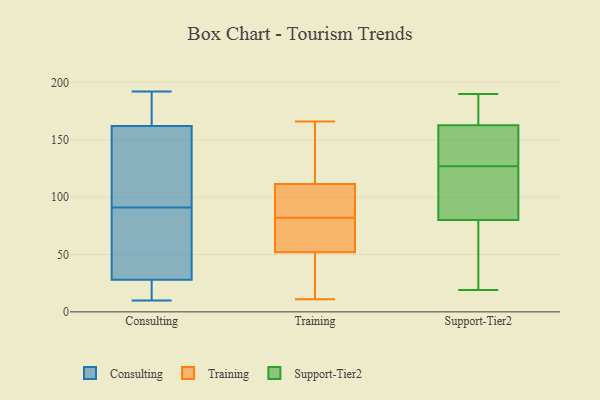
{"axis": {"x": "Tickets Resolved", "y": "Value"}, "legend": ["Consulting", "Support-Tier2", "Training"], "data": [{"x": "", "y": 92, "type": "Consulting"}, {"x": "", "y": 13, "type": "Consulting"}, {"x": "", "y": 90, "type": "Consulting"}, {"x": "", "y": 46, "type": "Consulting"}, {"x": "", "y": 47, "type": "Consulting"}, {"x": "", "y": 139, "type": "Consulting"}, {"x": "", "y": 162, "type": "Consulting"}, {"x": "", "y": 177, "type": "Consulting"}, {"x": "", "y": 93, "type": "Consulting"}, {"x": "", "y": 165, "type": "Consulting"}, {"x": "", "y": 192, "type": "Consulting"}, {"x": "", "y": 170, "type": "Consulting"}, {"x": "", "y": 132, "type": "Consulting"}, {"x": "", "y": 28, "type": "Consulting"}, {"x": "", "y": 10, "type": "Consulting"}, {"x": "", "y": 11, "type": "Consulting"}, {"x": "", "y": 14, "type": "Consulting"}, {"x": "", "y": 58, "type": "Consulting"}, {"x": "", "y": 37, "type": "Training"}, {"x": "", "y": 110, "type": "Training"}, {"x": "", "y": 82, "type": "Training"}, {"x": "", "y": 101, "type": "Training"}, {"x": "", "y": 11, "type": "Training"}, {"x": "", "y": 70, "type": "Training"}, {"x": "", "y": 49, "type": "Training"}, {"x": "", "y": 149, "type": "Training"}, {"x": "", "y": 112, "type": "Training"}, {"x": "", "y": 61, "type": "Training"}, {"x": "", "y": 166, "type": "Training"}, {"x": "", "y": 19, "type": "Support-Tier2"}, {"x": "", "y": 74, "type": "Support-Tier2"}, {"x": "", "y": 177, "type": "Support-Tier2"}, {"x": "", "y": 190, "type": "Support-Tier2"}, {"x": "", "y": 102, "type": "Support-Tier2"}, {"x": "", "y": 144, "type": "Support-Tier2"}, {"x": "", "y": 143, "type": "Support-Tier2"}, {"x": "", "y": 171, "type": "Support-Tier2"}, {"x": "", "y": 82, "type": "Support-Tier2"}, {"x": "", "y": 140, "type": "Support-Tier2"}, {"x": "", "y": 127, "type": "Support-Tier2"}, {"x": "", "y": 160, "type": "Support-Tier2"}, {"x": "", "y": 183, "type": "Support-Tier2"}, {"x": "", "y": 52, "type": "Support-Tier2"}, {"x": "", "y": 33, "type": "Support-Tier2"}, {"x": "", "y": 127, "type": "Support-Tier2"}, {"x": "", "y": 91, "type": "Support-Tier2"}]}